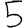
Digit: 5